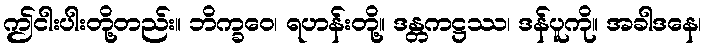
ဤငါးပါးတို့တည်း။ ဘိက္ခဝေ၊ ရဟန်းတို့။ ဒန္တကဋ္ဌဿ၊ ဒန်ပူကို။ အခါဒနေ၊